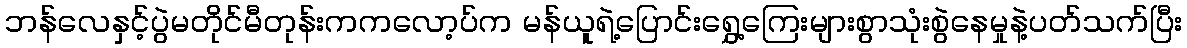
ဘန်လေနှင့်ပွဲမတိုင်မီတုန်းကကလော့ပ်က မန်ယူရဲ့ပြောင်းရွှေ့ကြေးများစွာသုံးစွဲနေမှုနဲ့ပတ်သက်ပြီး